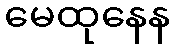
မေထုနေန